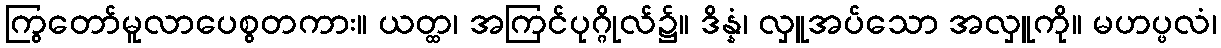
ကြွတော်မူလာပေစွတကား။ ယတ္ထ၊ အကြင်ပုဂ္ဂိုလ်၌။ ဒိန္နံ၊ လှူအပ်သော အလှူကို။ မဟပ္ဖလံ၊